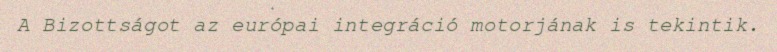
A Bizottságot az európai integráció motorjának is tekintik.